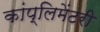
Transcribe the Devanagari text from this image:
कांप्लिमेंटरी